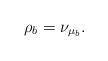
LaTeX: \begin{align*}\rho_b=\nu_{\mu_b}.\end{align*}